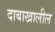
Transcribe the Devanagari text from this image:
दाबाखालील